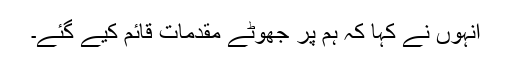
انہوں نے کہا کہ ہم پر جھوٹے مقدمات قائم کیے گئے۔